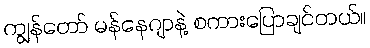
ကျွန်တော် မန်နေဂျာနဲ့ စကားပြောချင်တယ်။